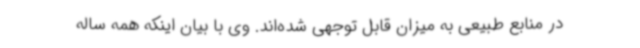
در منابع طبیعی به میزان قابل توجهی شده‌اند. وی با بیان اینکه همه ساله